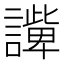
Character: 𧬟